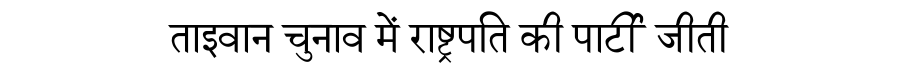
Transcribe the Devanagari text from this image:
ताइवान चुनाव में राष्ट्रपति की पार्टी जीती